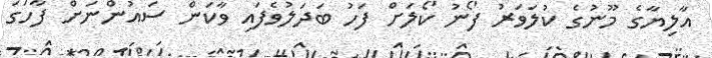
އާލިޔާގެ މޫނުގެ ކުލަވަރު ފޯނު ކޯލަށް ފަހު ބަދަލުވެފައި ވާކަން ސައުންނަށް ފާހަގަ